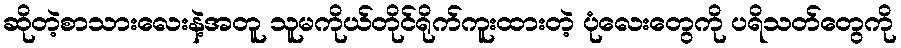
ဆိုတဲ့စာသားလေးနဲ့အတူ သူမကိုယ်တိုင်ရိုက်ကူးထားတဲ့ ပုံလေးတွေကို ပရိသတ်တွေကို